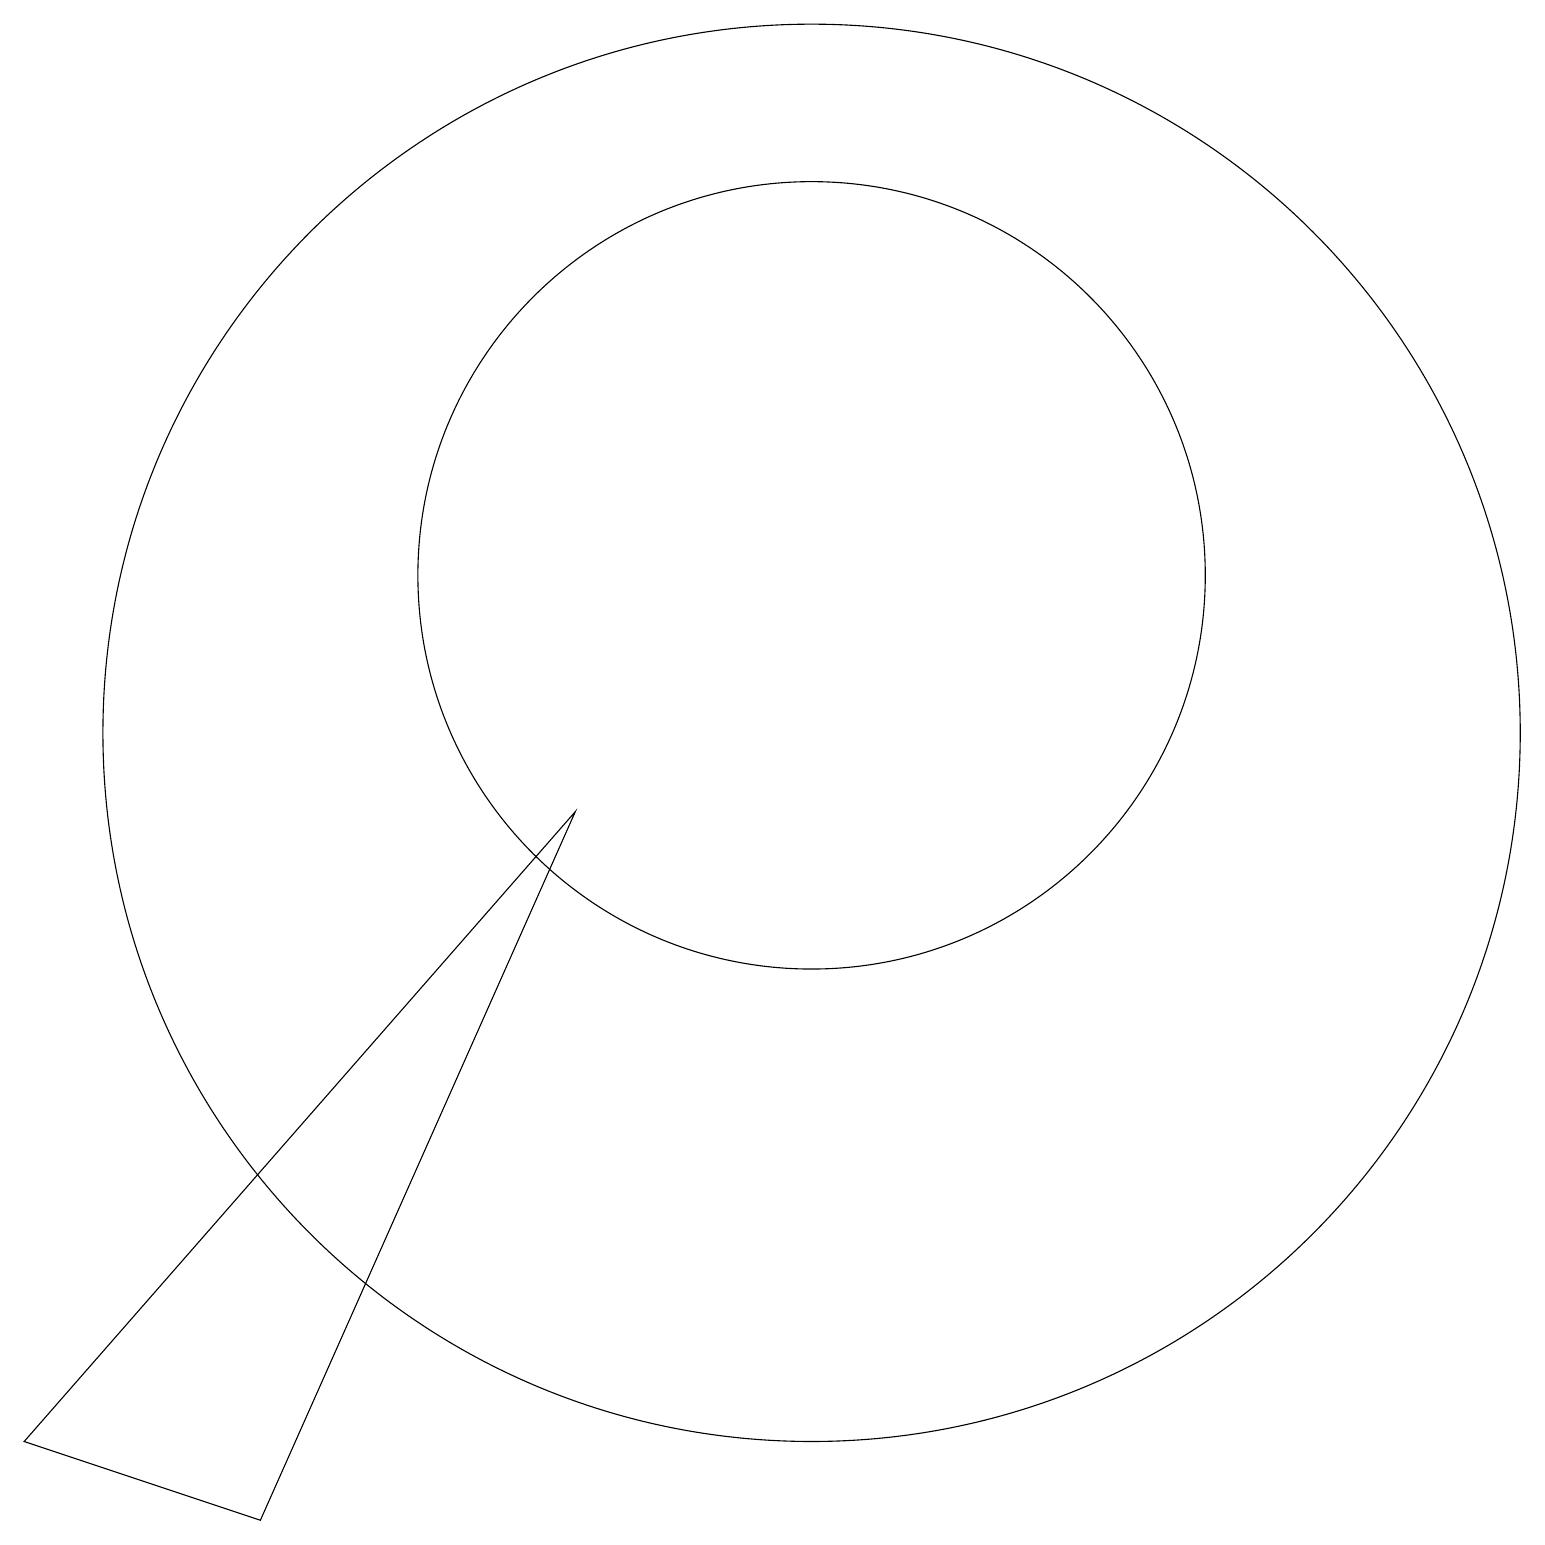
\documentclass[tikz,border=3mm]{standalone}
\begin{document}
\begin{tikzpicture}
\draw (10,12) circle (5);
\draw (0,1) -- (7,9) -- (3,0) -- cycle;
\draw (10,10) circle (9);
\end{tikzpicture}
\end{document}